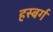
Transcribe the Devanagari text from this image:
हस्बर्ग